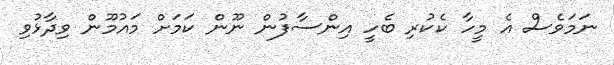
ނަމަވެސް އެ މީހާ ކެކުރި ބެހީ އިންސާފުން ނޫން ކަމަށް މައުމޫން ވިދާޅުވި